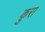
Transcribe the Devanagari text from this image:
क़ुरा